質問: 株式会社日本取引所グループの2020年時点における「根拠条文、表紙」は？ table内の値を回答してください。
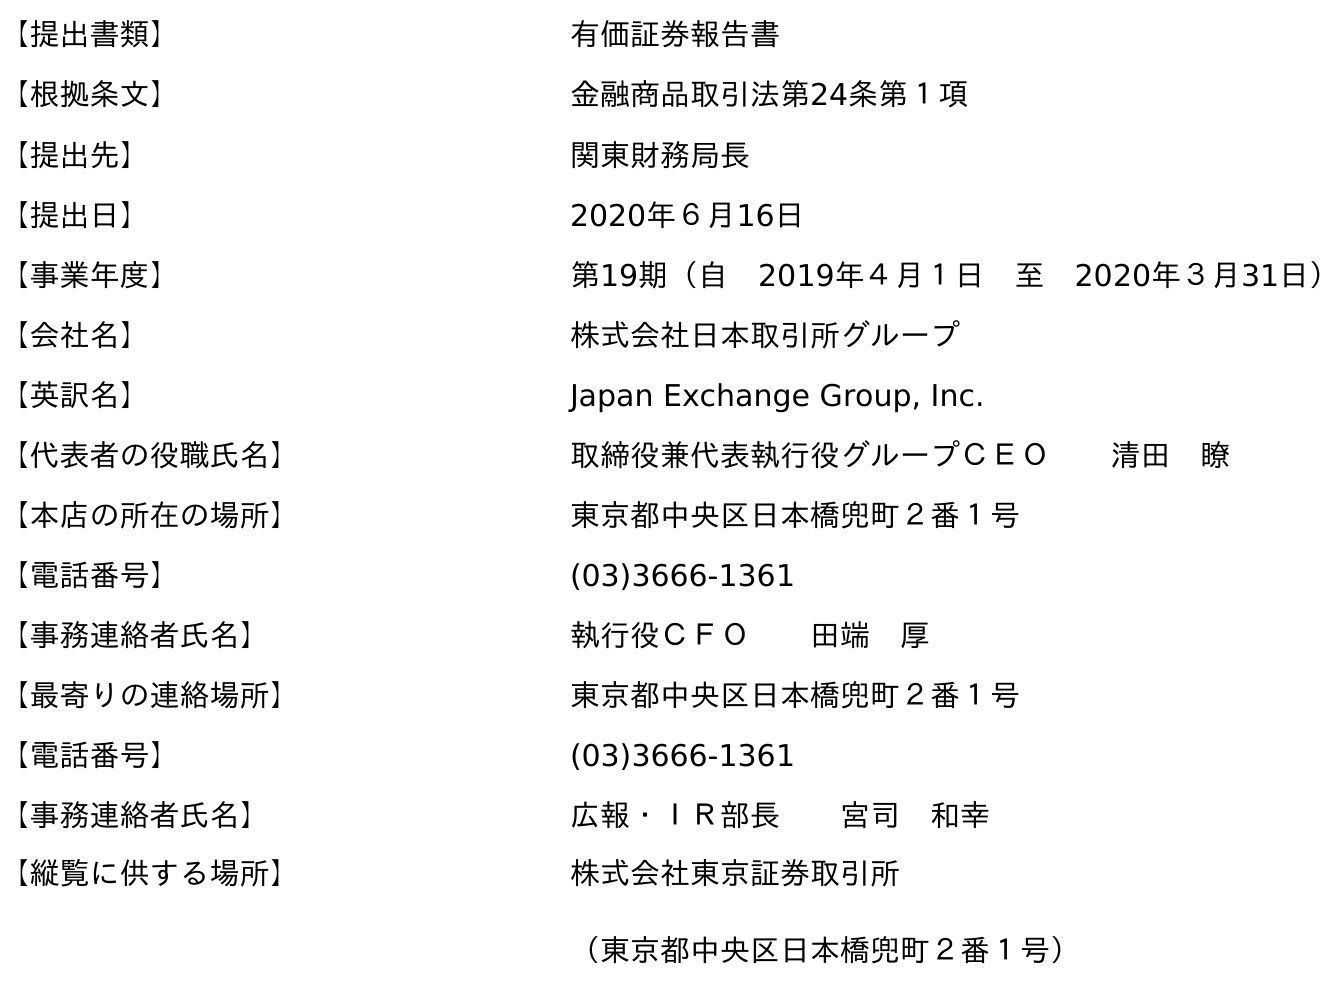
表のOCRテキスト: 【提出書類】 有価証券報告書 【根拠条文】 金融商品取引法第24条第１項 【提出先】 関東財務局長 【提出日】 2020年６月16日 【事業年度】 第19期（自 2019年４月１日 至 2020年３月31日） 【会社名】 株式会社日本取引所グループ 【英訳名】 Japan Exchange Group, Inc. 【代表者の役職氏名】 取締役兼代表執行役グループＣＥＯ  清田 瞭 【本店の所在の場所】 東京都中央区日本橋兜町２番１号 【電話番号】 (03)3666-1361 【事務連絡者氏名】 執行役ＣＦＯ  田端 厚 【最寄りの連絡場所】 東京都中央区日本橋兜町２番１号 【電話番号】 (03)3666-1361 【事務連絡者氏名】 広報・ＩＲ部長  宮司 和幸 【縦覧に供する場所】 株式会社東京証券取引所 （東京都中央区日本橋兜町２番１号）
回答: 金融商品取引法第24条第１項